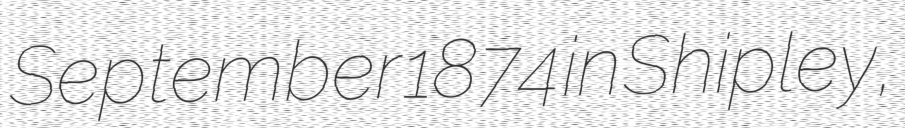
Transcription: September 1874 in Shipley,